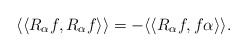
\begin{align*} \langle\langle R_{\alpha} f, R_{\alpha} f\rangle\rangle= -\langle\langle R_{\alpha} f, f\alpha \rangle\rangle. \end{align*}